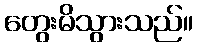
တွေးမိသွားသည်။